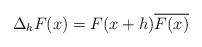
LaTeX: \begin{align*} \Delta_hF(x)=F(x+h)\overline{F(x)} \end{align*}